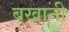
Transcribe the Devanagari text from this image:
बखानी